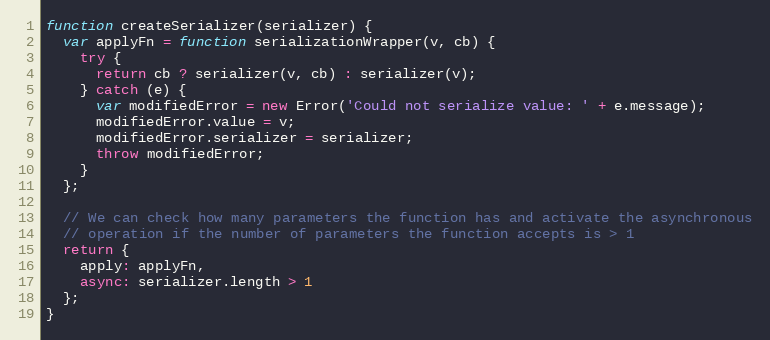
Language: JavaScript
function createSerializer(serializer) {
  var applyFn = function serializationWrapper(v, cb) {
    try {
      return cb ? serializer(v, cb) : serializer(v);
    } catch (e) {
      var modifiedError = new Error('Could not serialize value: ' + e.message);
      modifiedError.value = v;
      modifiedError.serializer = serializer;
      throw modifiedError;
    }
  };

  // We can check how many parameters the function has and activate the asynchronous
  // operation if the number of parameters the function accepts is > 1
  return {
    apply: applyFn,
    async: serializer.length > 1
  };
}